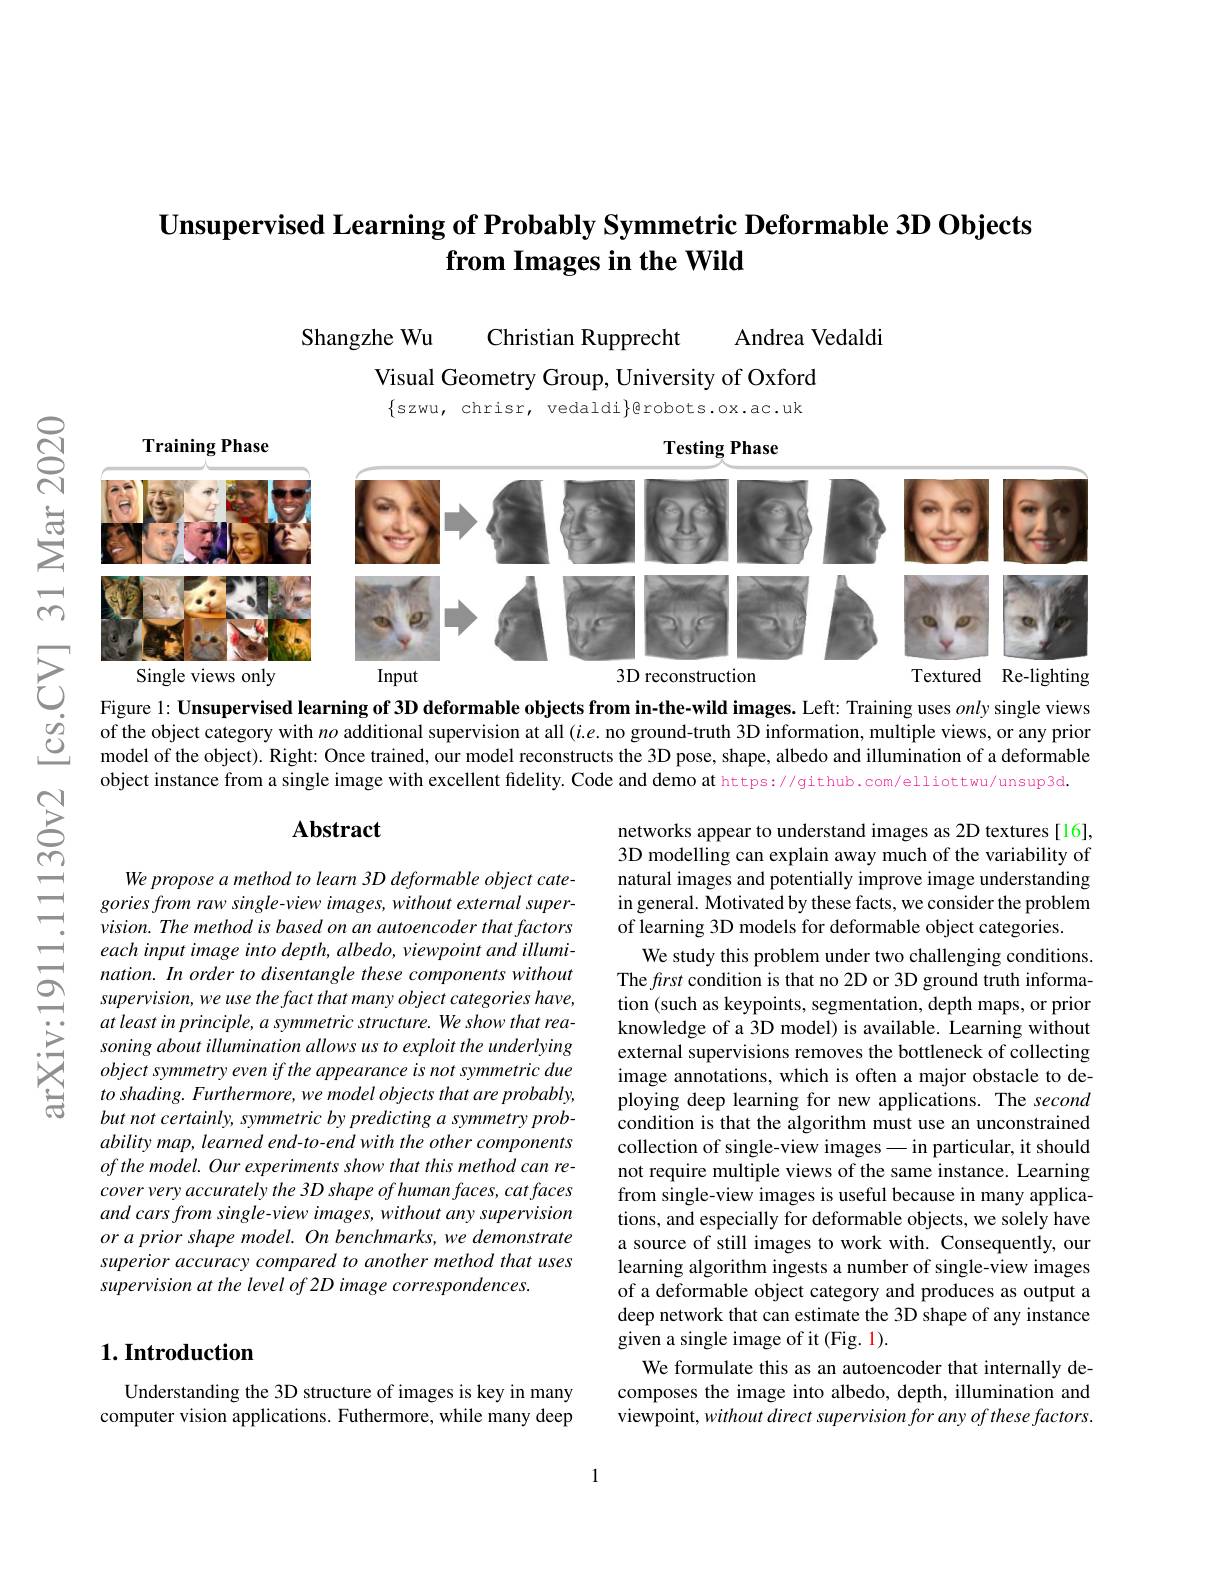
## $\textbf{Unsupervised Learning of Probably Symmetric Deformable 3D Objects}$ from Images in the Wild

Andrea Vedaldi

Christian Rupprecht

Shangzhe Wu

Visual Geometry Group, University of Oxford $\{$szwu, chrisr, vedaldi$\}$erobots.ox.ac.uk

$\mathbf{TrainingPhase}$
Testing Phase
<FigureHere>
Input
3D reconstruction
Single views only
Textured Re-lighting

Figure 1: Unsupervised learning of 3D deformable objects from in-the-wild images. Left: Training uses only single views of the object category with $no$ additional supervision at all $(i.e.$ no ground-truth 3D information, multiple views, or any prior model of the object). Right: Once trained, our model reconstructs the 3D pose, shape, albedo and illumination of a deformable object instance from a single image with excellent fidelity. Code and demo at https://github.com/elliottwu/unsup3d.

## $\mathbf{Abstract}$

We propose a method to learn 3D deformable object categories from raw single-view images, without external supervision. The method is based on an autoencoder that factors each input image into depth, albedo, viewpoint and illumination. In order to disentangle these components without supervision, we use the fact that many object categories have, at least in principle, a symmetric structure. We show that reasoning about illumination allows us to exploit the underlying object symmetry even if the appearance is not symmetric due $toshading.Furthermore,wemodelobjectsthatareprobably$, but not certainly, symmetric by predicting a symmetry probability map, learned end-to-end with the other components ofthe model. Our experiments show that this method can recover very accurately the 3D shape of human faces, cat faces and cars from single-view images, without any supervision $orapriorshapemodel.Onbenchmarks,wedemonstrate$ superior accuracy compared to another method that uses supervision at the level of 2D image correspondences.

networks appear to understand images as 2D textures [16], 3D modelling can explain away much of the variability of natural images and potentially improve image understanding in general. Motivated by these facts, we consider the problem of learning 3D models for deformable object categories.
We study this problem under two challenging conditions. The first condition is that no 2D or 3D ground truth information (such as keypoints, segmentation, depth maps, or prior knowledge of a 3D model) is available. Learning without external supervisions removes the bottleneck of collecting image annotations, which is often a major obstacle to deploying deep learning for new applications. The second condition is that the algorithm must use an unconstrained collection of single-view images— in particular, it should not require multiple views of the same instance. Learning from single-view images is useful because in many applications, and especially for deformable objects, we solely have a source of still images to work with. Consequently, our learning algorithm ingests a number of single-view images of a deformable object category and produces as output a deep network that can estimate the 3D shape of any instance given a single image of it (Fig. 1).
We formulate this as an autoencoder that internally decomposes the image into albedo, depth, illumination and viewpoint, without direct supervision for any of these factors.

## $1. \textbf{Introduction}$

Understanding the 3D structure of images is key in many computer vision applications. Futhermore, while many deep